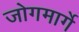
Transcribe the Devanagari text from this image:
जोगमार्गे